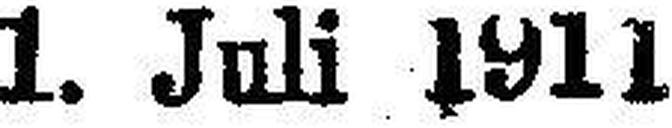
1. Juli 1911